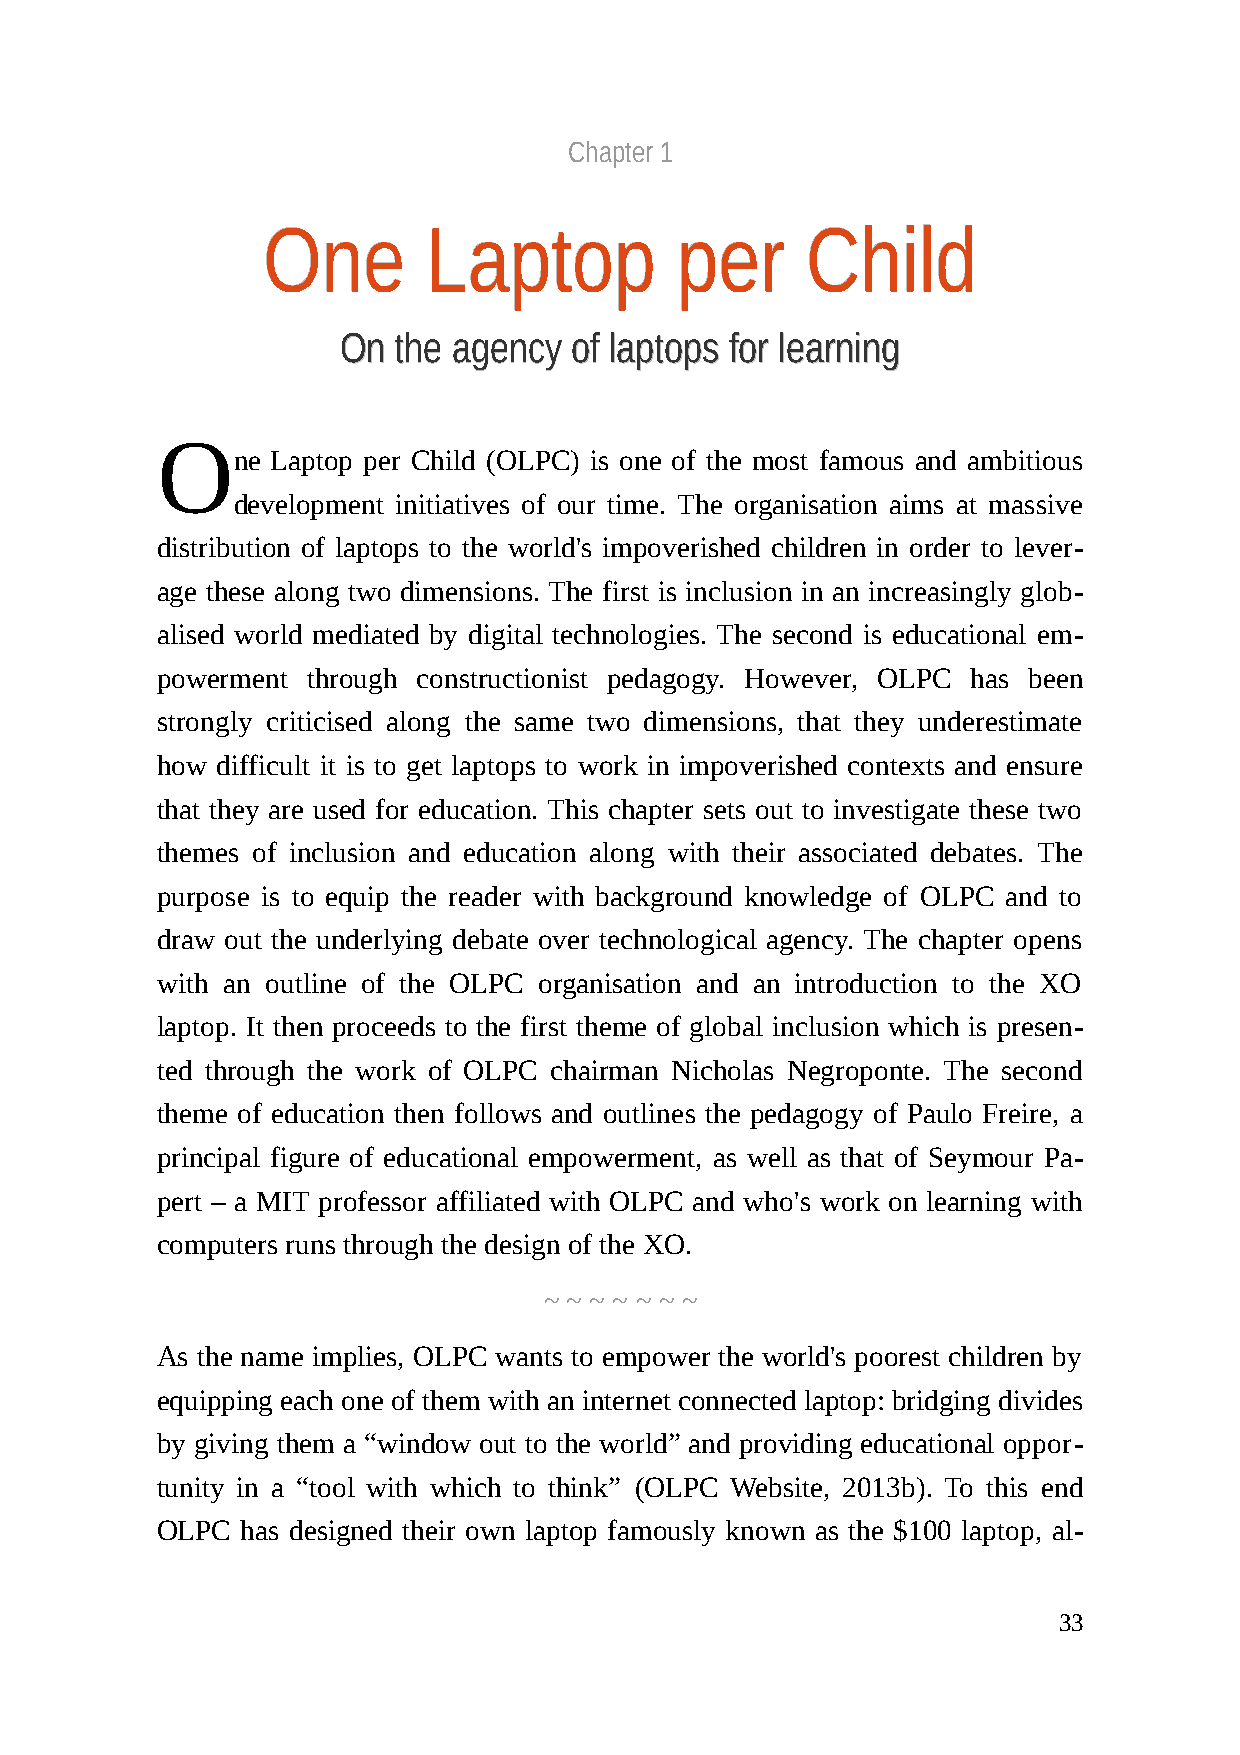
Chapter 1
 OOnnee     LLaappttoopp     ppeerr  CChhiilldd
 OOnn tthhee aaggeennccyy ooff llaappttooppss ffoorr lleeaarrnniinngg
 O
 ne Laptop per Child (OLPC) is one of the most famous and ambitious
 development initiatives of our time. The organisation aims at massive
 distribution of laptops to the world's impoverished children in order to lever-
 age these along two dimensions. The first is inclusion in an increasingly glob-
 alised world mediated by digital technologies. The second is educational em-
 powerment through constructionist pedagogy. However, OLPC has been
 strongly criticised along the same two dimensions, that they underestimate
 how difficult it is to get laptops to work in impoverished contexts and ensure
 that they are used for education. This chapter sets out to investigate these two
 themes of inclusion and education along with their associated debates. The
 purpose is to equip the reader with background knowledge of OLPC and to
 draw out the underlying debate over technological agency. The chapter opens
 with an outline of the OLPC organisation and an introduction to the XO
 laptop. It then proceeds to the first theme of global inclusion which is presen-
 ted through the work of OLPC chairman Nicholas Negroponte. The second
 theme of education then follows and outlines the pedagogy of Paulo Freire, a
 principal figure of educational empowerment, as well as that of Seymour Pa-
 pert – a MIT professor affiliated with OLPC and who's work on learning with
 computers runs through the design of the XO.
 ~ ~ ~ ~ ~ ~ ~
 As the name implies, OLPC wants to empower the world's poorest children by
 equipping each one of them with an internet connected laptop: bridging divides
 by giving them a “window out to the world” and providing educational oppor-
 tunity in a “tool with which to think” (OLPC Website, 2013b). To this end
 OLPC  has designed their own laptop famously known as the $100 laptop, al-
 33